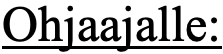
Ohjaajalle: